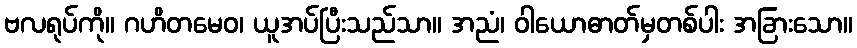
ဗလရုပ်ကို။ ဂဟိတမေဝ၊ ယူအပ်ပြီးသည်သာ။ အညံ၊ ဝါယောဓာတ်မှတစ်ပါး အခြားသော။